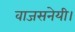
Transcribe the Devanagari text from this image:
वाजसनेयी।